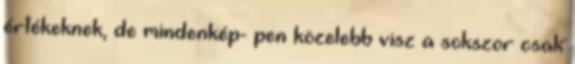
értékeknek, de mindenkép- pen közelebb visz a sokszor csak